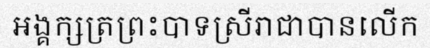
អង្គក្សត្រព្រះបាទស្រីរាជាបានលើក